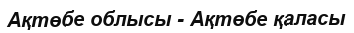
Ақтөбе облысы - Ақтөбе қаласы